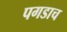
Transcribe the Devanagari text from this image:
पगडाच